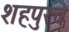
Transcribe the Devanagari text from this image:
शहपुरचे